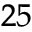
^ { 2 5 }